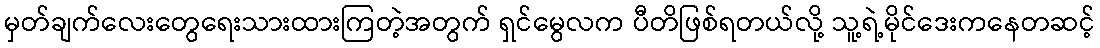
မှတ်ချက်လေးတွေရေးသားထားကြတဲ့အတွက် ရှင်မွေလက ပီတိဖြစ်ရတယ်လို့ သူ့ရဲ့မိုင်ဒေးကနေတဆင့်